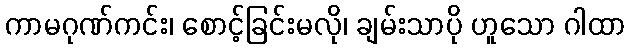
ကာမဂုဏ်ကင်း၊ စောင့်ခြင်းမလို၊ ချမ်းသာပို ဟူသော ဂါထာ